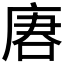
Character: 𰇺